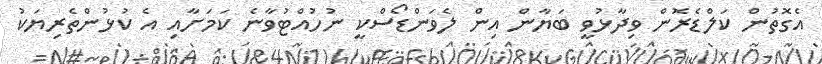
އެގޮތުން ކަލްޑެރޮން ވިދާޅުވީ ބަޔާން އިން ލެވަންޑޯސްކީ ނުހުއްޓުވާނެ ކަމަށާއި އެ ކުޅުންތެރިޔަކު